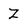
Character: Z